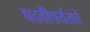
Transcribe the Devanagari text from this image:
पदवीपर्यंतचेे